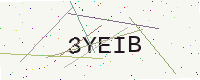
Text: 3YEIB